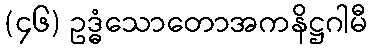
(၄၆) ဥဒ္ဓံသောတောအကနိဋ္ဌဂါမီ